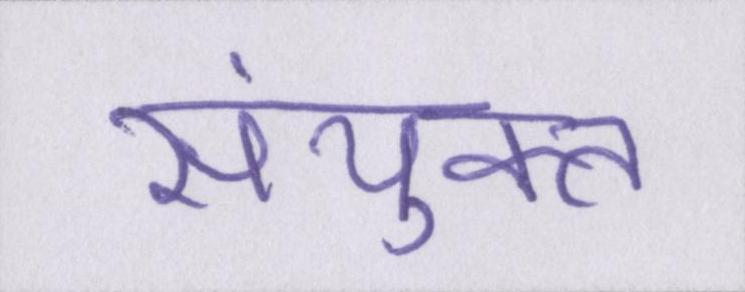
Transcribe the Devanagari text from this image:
संयुक्त